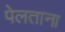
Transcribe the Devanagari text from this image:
पेलताना